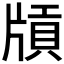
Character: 𤗤